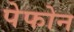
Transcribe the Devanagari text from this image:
पेफोन